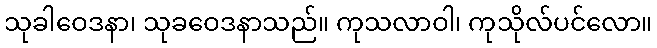
သုခါဝေဒနာ၊ သုခဝေဒနာသည်။ ကုသလာဝါ၊ ကုသိုလ်ပင်လော။